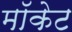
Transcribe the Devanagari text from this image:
मॉकेट